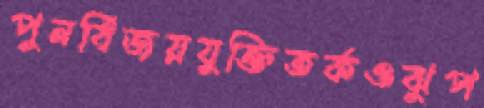
পুনর্বিজয়যুক্তিতর্কওঝুপ